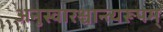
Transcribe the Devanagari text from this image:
अनुस्वारश्चान्त्यरूपम्